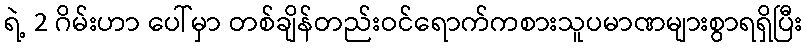
ရဲ့ 2 ဂိမ်းဟာ ပေါ်မှာ တစ်ချိန်တည်းဝင်ရောက်ကစားသူပမာဏများစွာရရှိပြီး